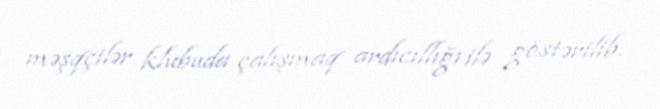
məşqçilər klubuda çalışmaq ardıcıllığı ilə göstərilib.